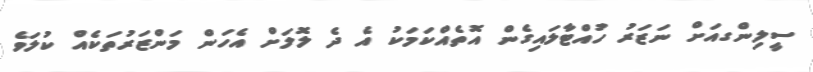
ސީލިންގއަށް ނަޒަރު ހުއްޓާލައިގެން އޮތެއްކަމަކު އެ ދެ ލޮލަށް އެހަން މަންޒަރުތަކެއް ކުލަވެ